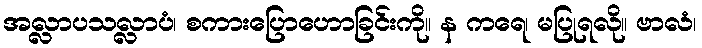
အလ္လာပသလ္လာပံ၊ စကားပြောဟောခြင်းကို။ န ကရေ၊ မပြုရလို။ ဗာလံ၊